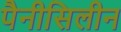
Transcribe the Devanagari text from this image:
पैनीसिलीन